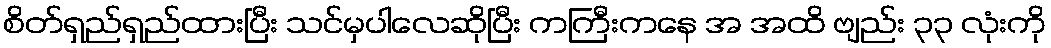
စိတ်ရှည်ရှည်ထားပြီး သင်မှပါလေဆိုပြီး ကကြီးကနေ အ အထိ ဗျည်း ၃၃ လုံးကို